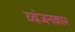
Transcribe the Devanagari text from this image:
व्यंजनकार